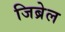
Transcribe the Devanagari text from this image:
जिब्रेल